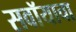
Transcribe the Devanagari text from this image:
सवॉयाचा